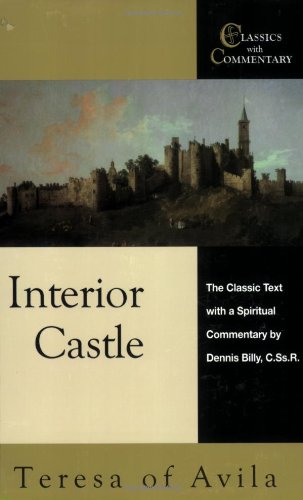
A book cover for Interior Castle: The Classic Text With a Spiritual Commentary (Classics With Commentary); Teresa of Avila; Christian Books & Bibles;